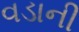
વડાની